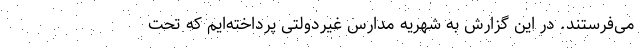
می‌فرستند. در این گزارش به شهریه مدارس غیردولتی پرداخته‌ایم که تحت